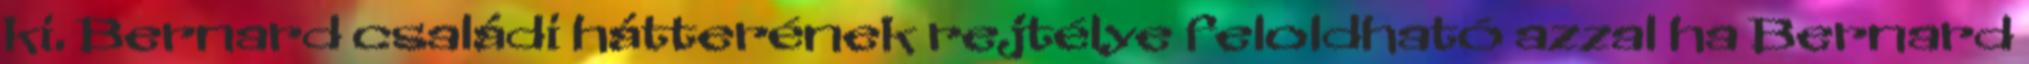
ki. Bernard családi hátterének rejtélye feloldható azzal ha Bernard